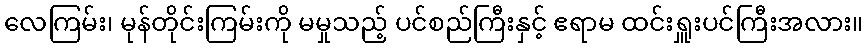
လေကြမ်း၊ မုန်တိုင်းကြမ်းကို မမှုသည့် ပင်စည်ကြီးနှင့် ဧရာမ ထင်းရှူးပင်ကြီးအလား။